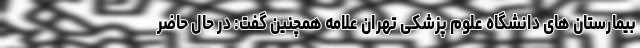
بیمارستان های دانشگاه علوم پزشکی تهران علامه همچنین گفت: در حال حاضر